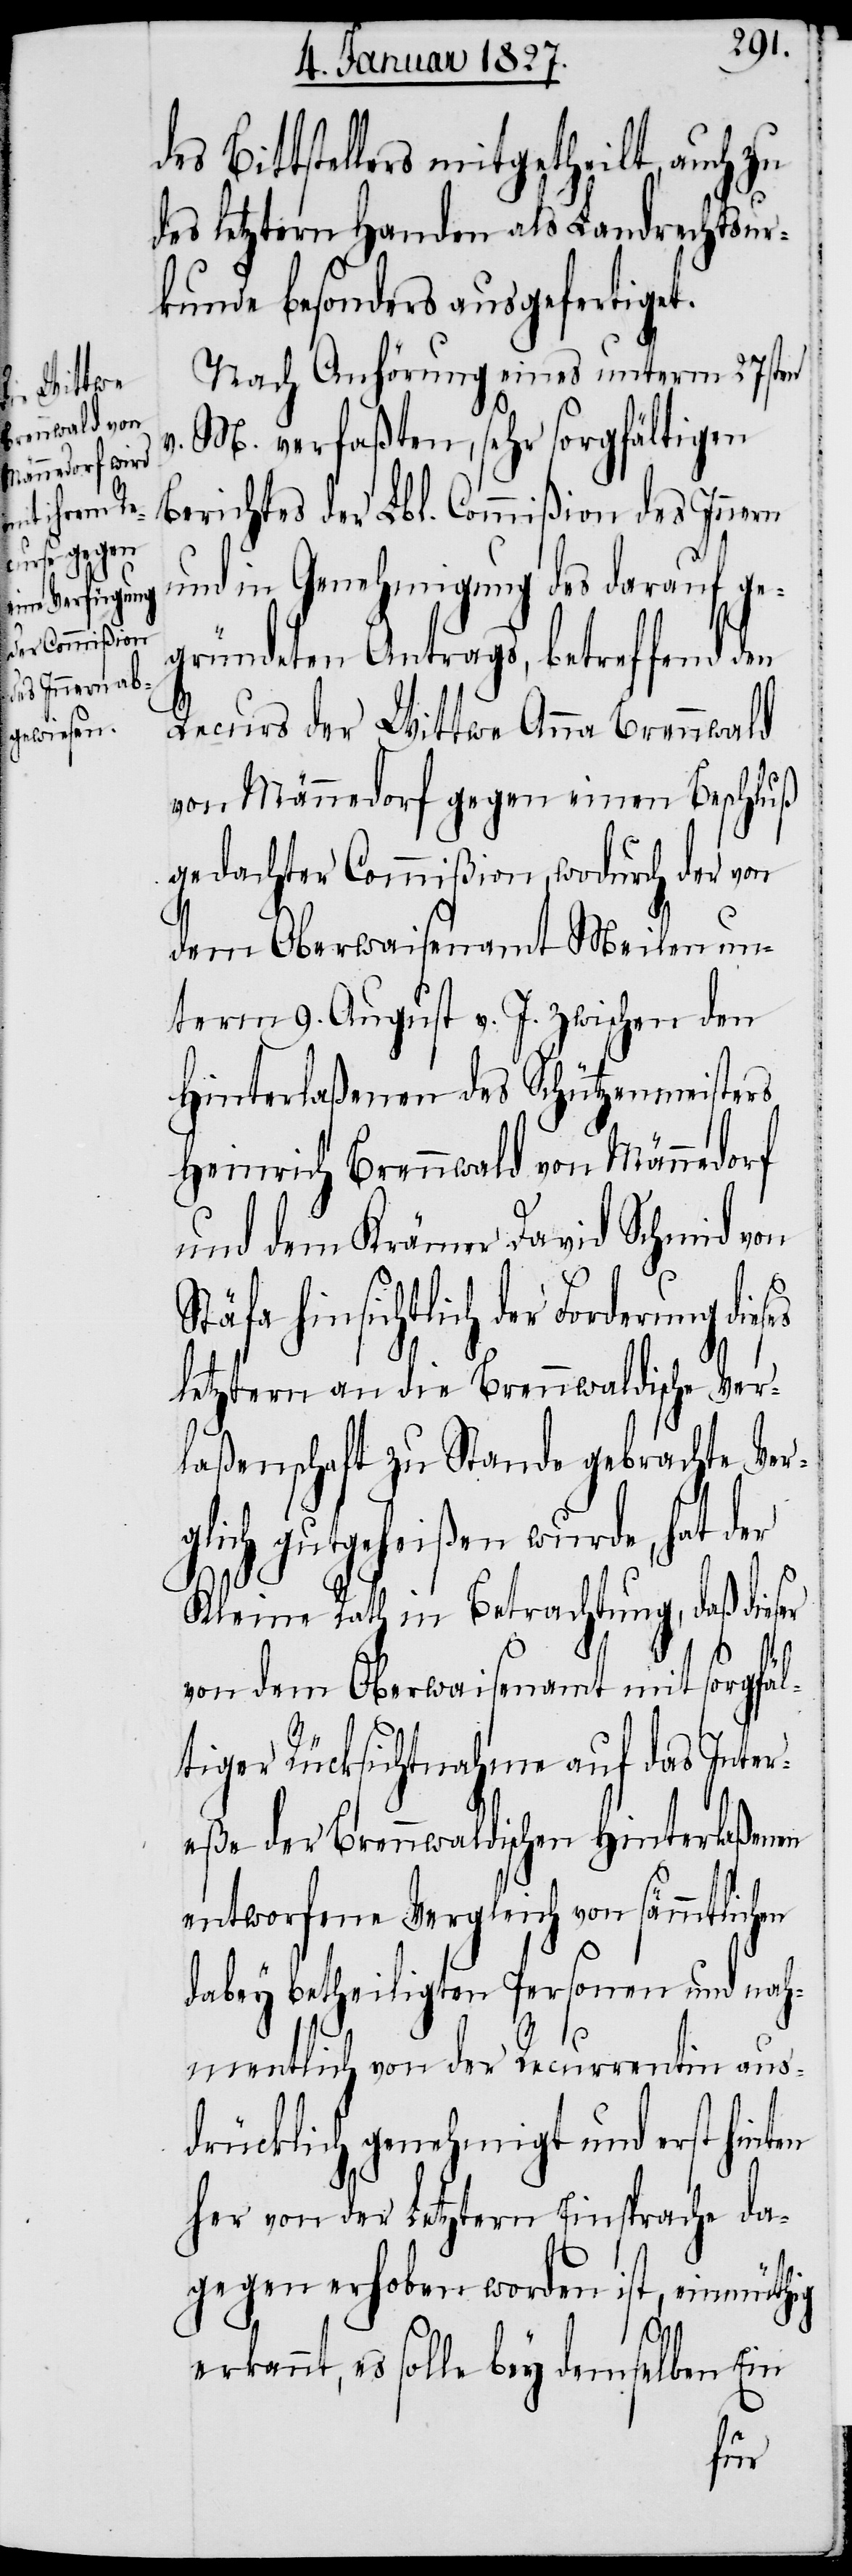
dieses

Bittstellers mitgetheilt, auch zu
des Letztern Handen als Landrechtsur¬
kunde besonders ausgefertiget.
Nach Anhörung eines unterm 27sten
v. M. verfaßten, sehr sorgfältigen
Berichtes der Lbl. Commißion des Innern
und in Genehmigung des darauf ge¬
gründeten Antrags, betreffend den
Recurs der Wittwe Anna Brennwald
von Männedorf gegen einen Beschluß
gedachter Commißion, wodurch der von
dem Oberwaisenamt Meilen un¬
term 9. August v. J. zwischen den
Hinterlaßenen des Schützenmeisters
Heinrich Brennwald von Männedorf
und dem Krämer David Schmid von
Stäfa hinsichtlich der Forderung
letztern an die Brennwaldische Ver¬
laßenschaft zu Stande gebrachte Ver¬
glich gutgeheißen wurde, hat der
Kleine Rath in Betrachtung, daß dieser
von dem Oberwaisenamt mit sorgfäl¬
tiger Rücksichtnahme auf das Inter¬
eße der Brennwaldischen Hinterlaßenen
entworfene Vergleich von sämmtlichen
dabey betheiligten Personen und nah¬
mentlich von der Recurrentin aus¬
drücklich genehmigt und erst hinter
her von der Letztern Einsprache da¬
gegen erhoben worden ist, einmüthig
erkannt, es solle bey demselben Ein